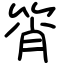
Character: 筲